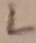
Text: L